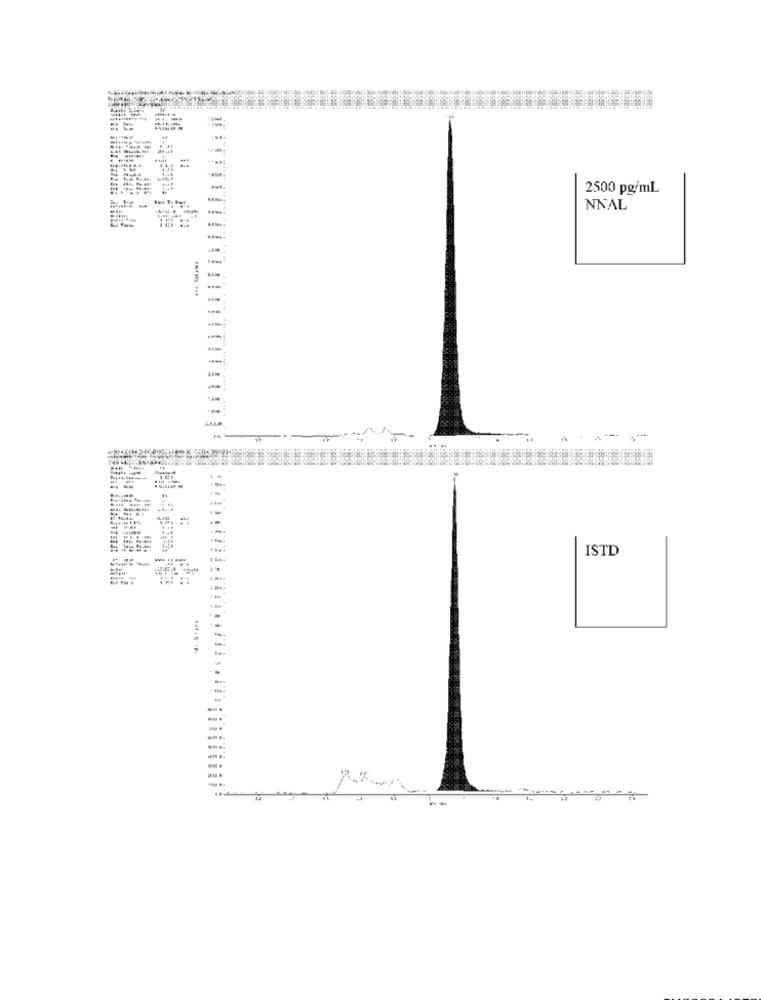
. .
=
2500 pgimL
NNAL
-
ISTD
-
-.